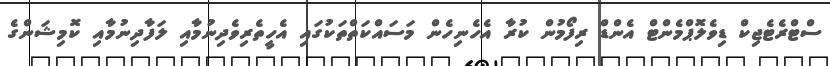
ސްޓްރެޓެޖިކް ޑިވެލޮޕްމެންޓް އެންޑް ރިފޯމުން ކުރާ އެހެނިހެން މަސައްކަތްތަކުގައި އެހީތެރިވެދިނުމާއި ލަފާދިނުމާއި ކޮމިޝަންގެ